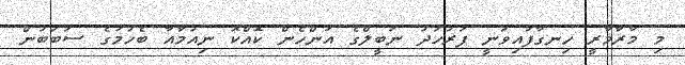
މި މާރާމާރީ ހިނގާފައިވަނީ ފަރުހަދު ނަބީލްގެ އަންހެން ކޮއްކޮ ނިއުމާއާ ބެހުމުގެ ސަބަބުން